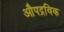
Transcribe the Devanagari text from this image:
औपद्रविक